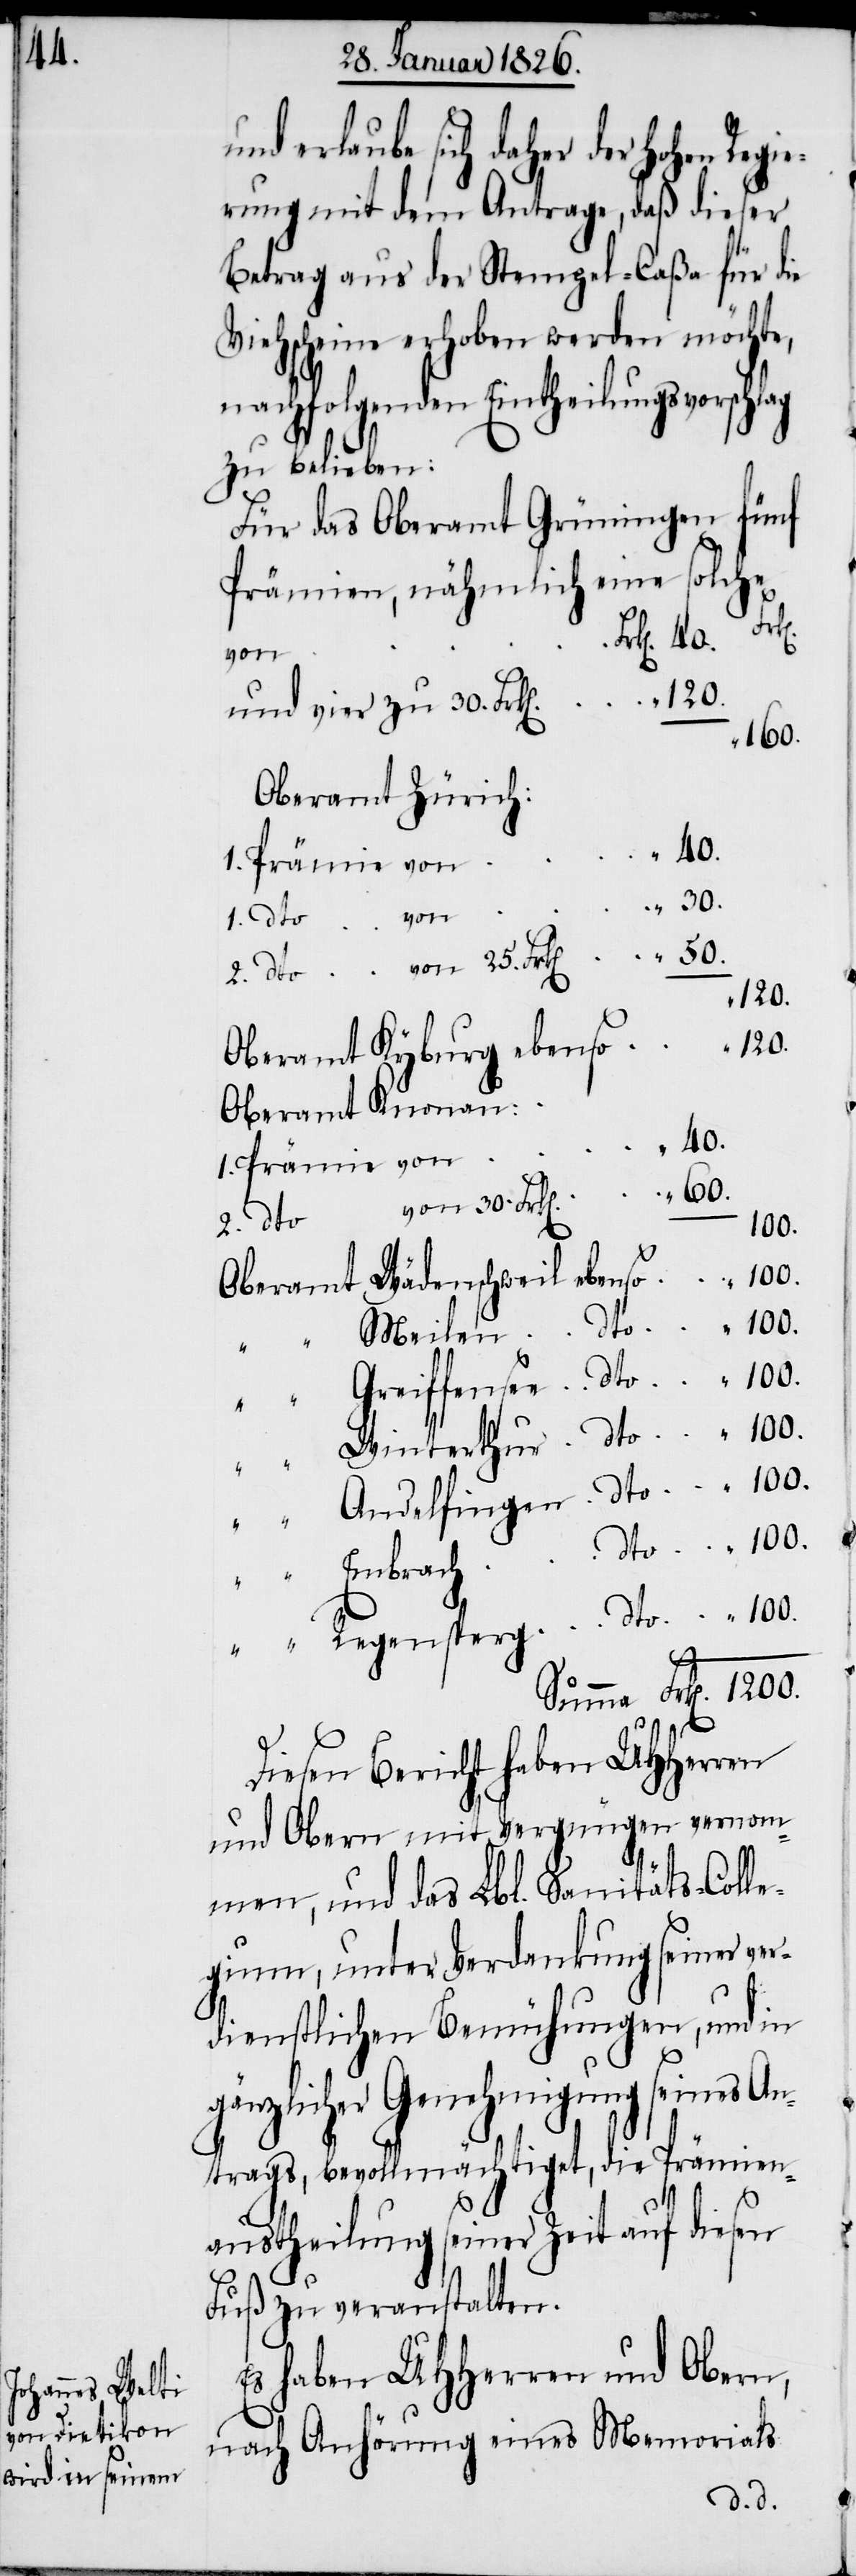
erlaube sich daher der hohen Regi¬
erung mit dem Antrage, daß dieser
Betrag aus der Stempel-Caßa für die
Viehscheine erhoben werden möchte,
nachfolgenden Eintheilungsvorschlag
zu belieben:
Für das Oberamt Grüningen fünf
Prämien, nähmlich eine solche
von
und vier zu 30. Frk[en].
160.
Oberamt Zürich:
1. Prämie von
25.
120.
Oberamt Kyburg ebenso
Oberamt Knonau:
40.
60.
2. dto
1200.
Oberamt Wädenschweil ebenso
Diesen Bericht haben UHHerren
und Obern mit Vergnügen vernom¬
men, und das Lbl. Sanitäts-Colle¬
gium, unter Verdankung seiner ver¬
dienstlichen Bemühungen, und in
gänzlicher Genehmigung seines An¬
trags, bevollmächtiget, die Prämien¬
austheilung seiner Zeit auf diesen
Fuß zu veranstalten.
Es haben UHHerren und Obern,
nach Anhörung eines Memorials